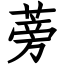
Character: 蒡